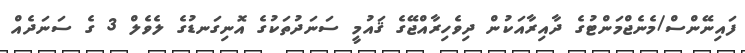
ފައިނޭންސް/މެނެޖްމަންޓުގެ ދާއިރާއަކުން ދިވެހިރާއްޖޭގެ ޤައުމީ ސަނަދުތަކުގެ އޮނިގަނޑުގެ ލެވެލް 3 ގެ ސަނަދެއް